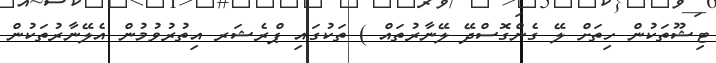
ޓިޝޫތަކުން ހިތަށް ލޭ ގެންގޮސްދޭ ލޭނާރުތައް ) ތަކުގައި ޕްރެޝަރ އިތުރުވުމުން އެލޭނާރުތަކުން